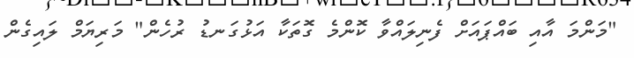
"މަންމަ އާއި ބައްޕައަށް ފެނިލައްވާ ކޮންމެ ގޮތަކާ އަޅުގަނޑު ރުހެން" މަރިޔަމް ލައިގެން